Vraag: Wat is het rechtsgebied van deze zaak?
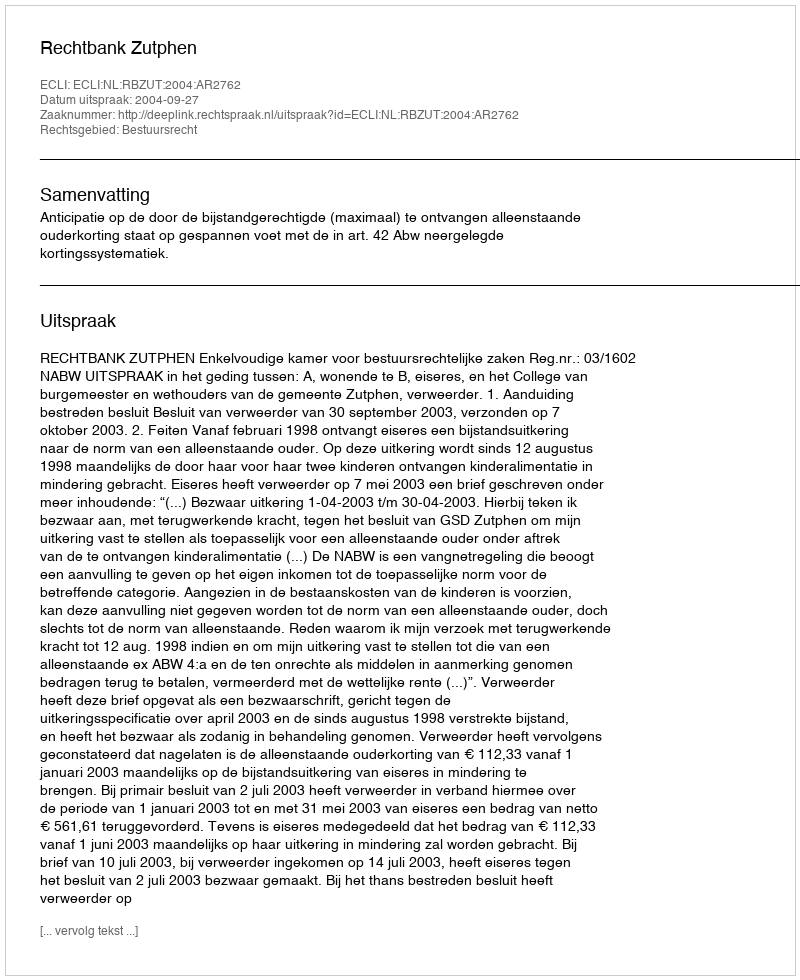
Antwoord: Bestuursrecht